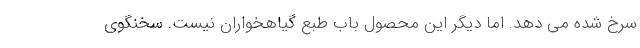
سرخ شده می دهد. اما دیگر این محصول باب طبع گیاهخواران نیست. سخنگوی